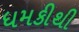
ધમકીથી